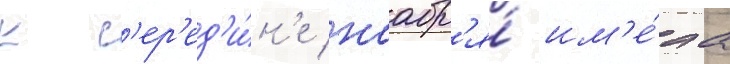
к с'ер'ед'и́н'е ноабр'я́ им'е́ла